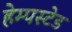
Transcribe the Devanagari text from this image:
हेम्पस्टेड